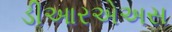
ડીઆરએઅસ